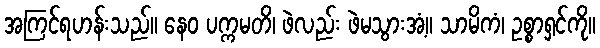
အကြင်ရဟန်းသည်။ နေဝ ပက္ကမတိ၊ ဖဲလည်း ဖဲမသွားအံ့။ သာမိကံ၊ ဥစ္စာရှင်ကို။